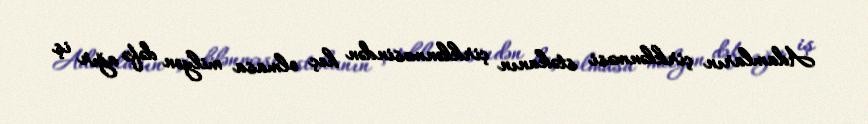
Adamların çirklənməsi stəkanın çirklənməsindən heç olmasa milyon dəfə ağır iş